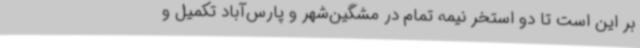
بر این است تا دو استخر نیمه تمام در مشگین‌شهر و پارس‌آباد تکمیل و